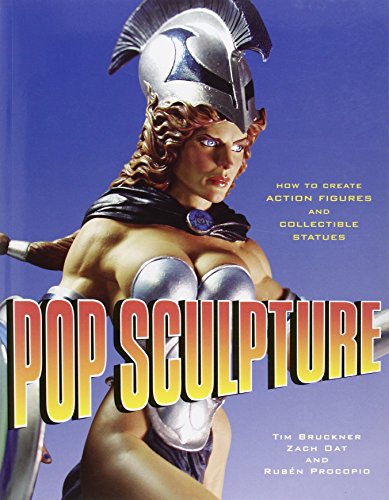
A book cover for Pop Sculpture: How to Create Action Figures and Collectible Statues; Tim Bruckner; Arts & Photography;